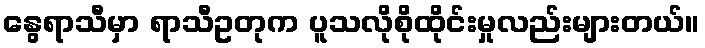
နွေရာသီမှာ ရာသီဥတုက ပူသလိုစိုထိုင်းမှုလည်းများတယ်။